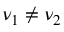
\nu _ { 1 } \neq \nu _ { 2 }